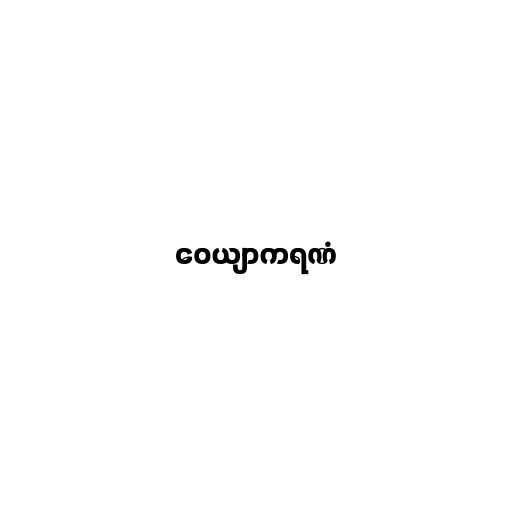
ဝေယျာကရဏံ